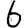
Digit: 6